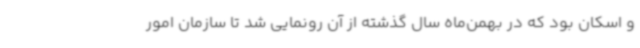
و اسکان بود که در بهمن‌ماه سال گذشته از آن رونمایی شد تا سازمان امور